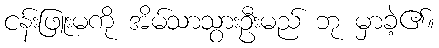
ငန်းဖြူးမကို အိမ်သာသွားဦးမည် ဘု မှာခဲ့၏။